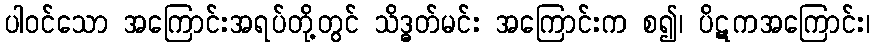
ပါဝင်သော အကြောင်းအရပ်တို့တွင် သိဒ္ဓတ်မင်း အကြောင်းက စ၍၊ ပိဋကအကြောင်း၊